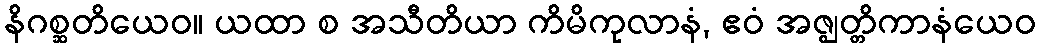
နိဂစ္ဆတိယေဝ။ ယထာ စ အသီတိယာ ကိမိကုလာနံ, ဧဝံ အဇ္ဈတ္တိကာနံယေဝ